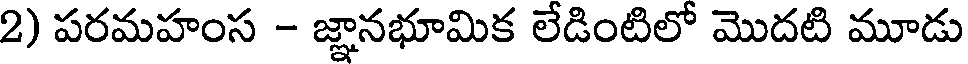
2) పరమహంస - జ్ఞానభూమిక లేడింటిలో మొదటి మూడు